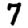
Digit: 7